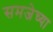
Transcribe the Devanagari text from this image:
समजेच्या